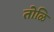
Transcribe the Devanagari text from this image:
तोळि